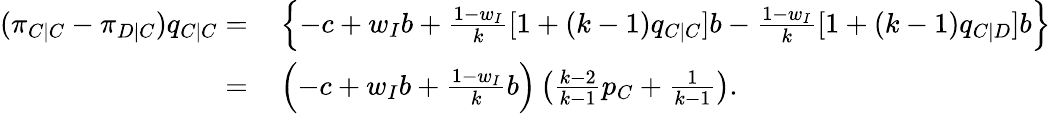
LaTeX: \begin{array}{rl}{(\pi_{C|C}-\pi_{D|C})q_{C|C}=}&{{}\left\{ -c+w_{I}b+\frac{1-w_{I}}{k}[1+(k-1)q_{C|C}]b-\frac{1-w_{I}}{k}[1+(k-1)q_{C|D}]b\right\} }\\ {=}&{{}\left(-c+w_{I}b+\frac{1-w_{I}}{k}b\right)\left(\frac{k-2}{k-1}p_{C}+\frac{1}{k-1}\right).}\end{array}